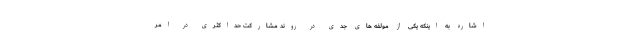
اشاره به اینکه یکی از مولفه های جدی در روند مشارکت حداکثری در امر